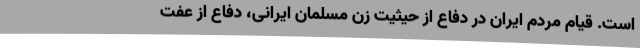
است. قیام مردم ایران در دفاع از حیثیت زن مسلمان ایرانی، دفاع از عفت